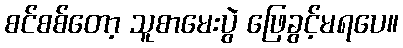
စင်စစ်တော့ သူစာမေးပွဲ ဖြေခွင့်မရပေ။